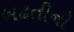
બઢતીનો